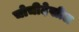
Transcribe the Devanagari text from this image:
चोचीदेखील